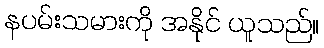
နပမ်းသမားကို အနိုင် ယူသည်။